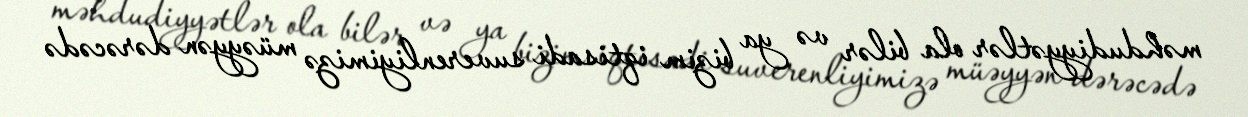
məhdudiyyətlər ola bilər və ya bizim iqtisadi suverenliyimizə müəyyən dərəcədə